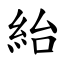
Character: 紿